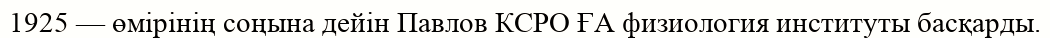
1925 — өмірінің соңына дейін Павлов КСРО ҒА физиология институты басқарды.